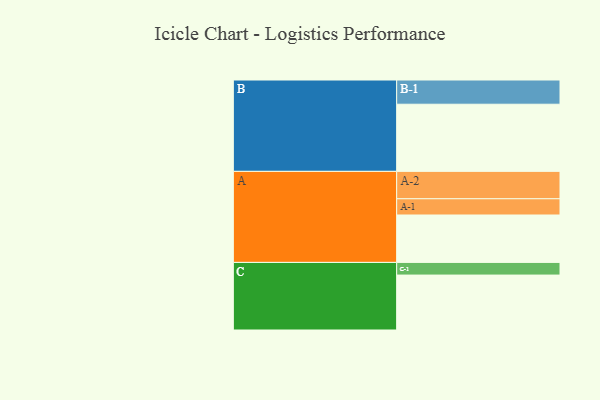
{"axis": {"x": "Segment", "y": "Value"}, "legend": ["", "A", "B", "C"], "data": [{"x": "A", "y": 315, "type": ""}, {"x": "B", "y": 446, "type": ""}, {"x": "C", "y": 365, "type": ""}, {"x": "A-1", "y": 108, "type": "A"}, {"x": "A-2", "y": 182, "type": "A"}, {"x": "B-1", "y": 161, "type": "B"}, {"x": "C-1", "y": 84, "type": "C"}]}